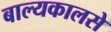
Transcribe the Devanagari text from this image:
बाल्यकालसे